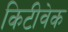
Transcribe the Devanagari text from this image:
किटीवेक